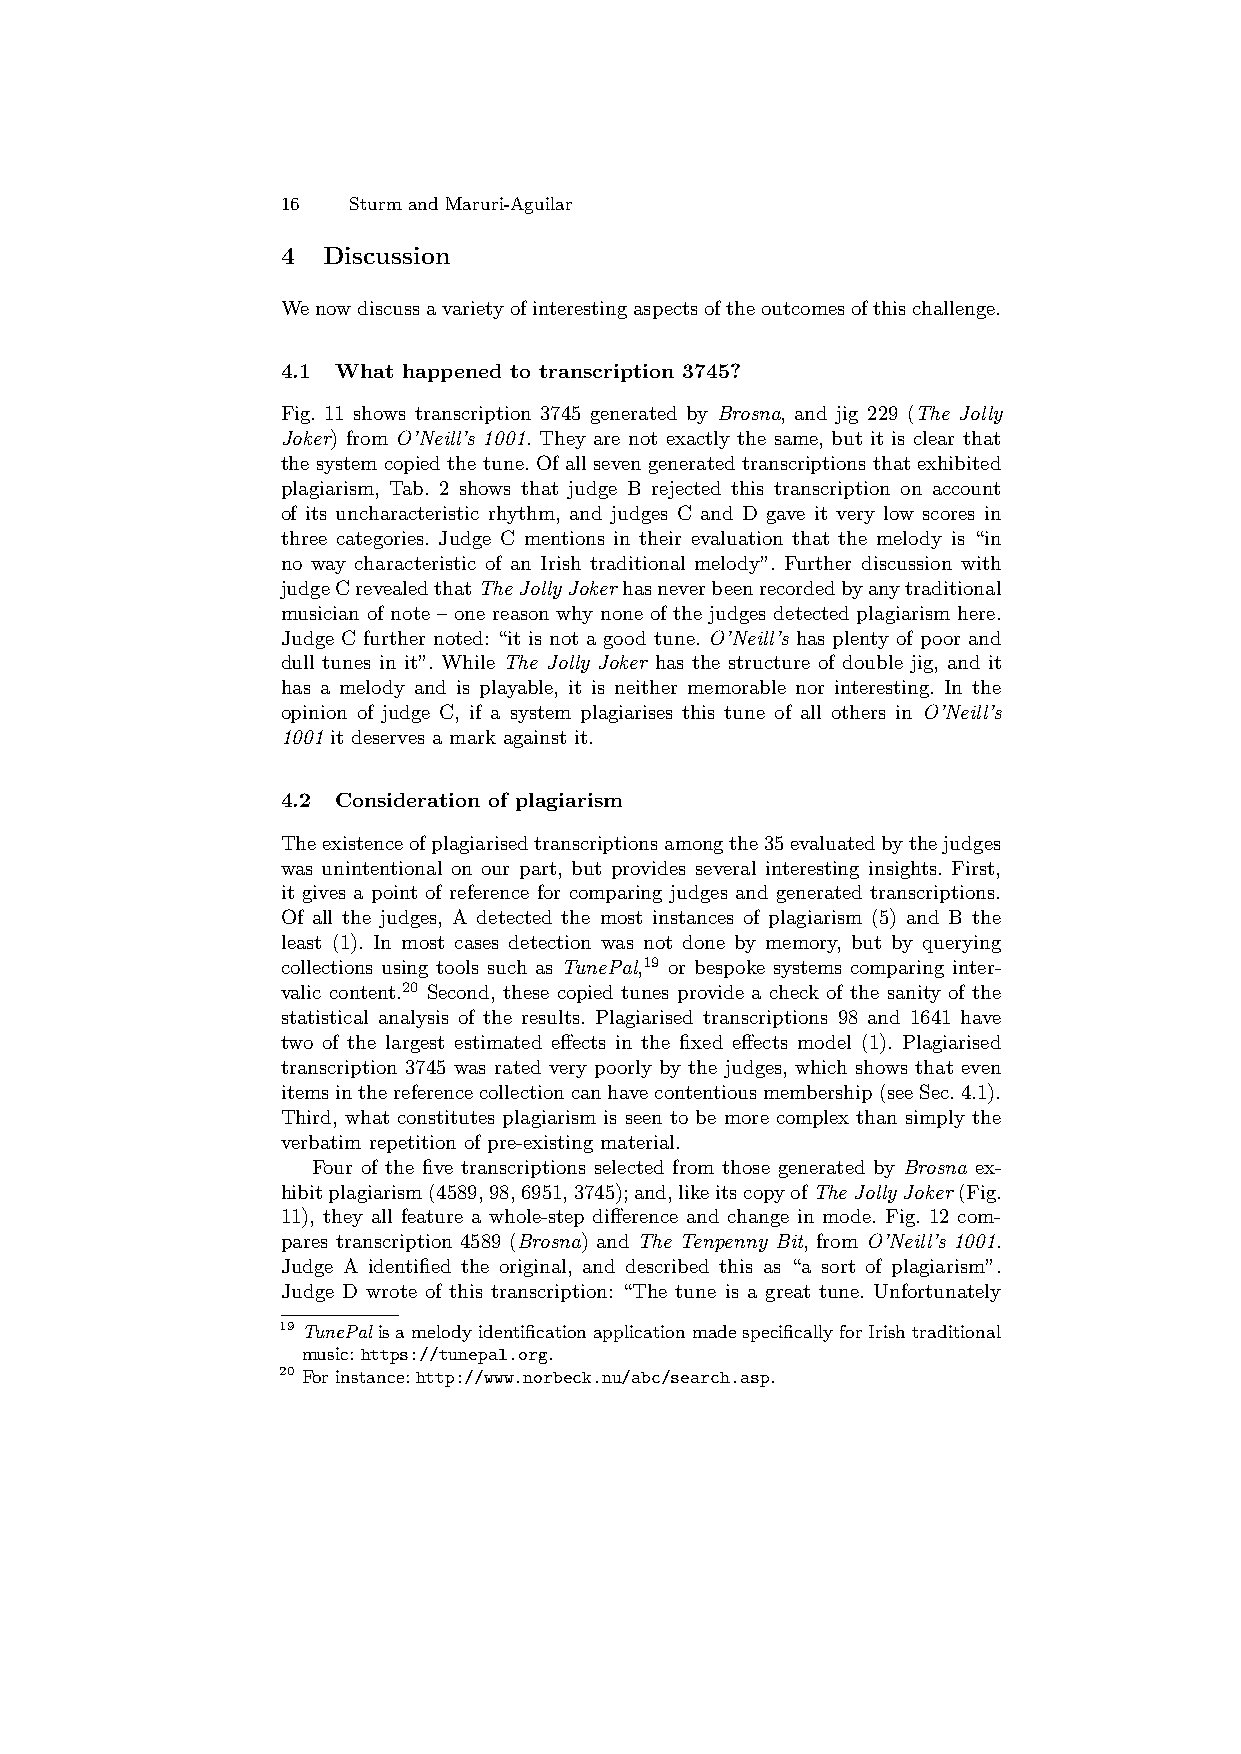
16  Sturm and Maruri-Aguilar
 4 Discussion
 Wenowdiscussavarietyofinterestingaspectsoftheoutcomesofthischallenge.
 4.1 What happened to transcription 3745?
 Fig. 11 shows transcription 3745 generated by Brosna, and jig 229 (The Jolly
 Joker) from O’Neill’s 1001. They are not exactly the same, but it is clear that
 the system copied the tune. Of all seven generated transcriptions that exhibited
 plagiarism, Tab. 2 shows that judge B rejected this transcription on account
 of its uncharacteristic rhythm, and judges C and D gave it very low scores in
 three categories. Judge C mentions in their evaluation that the melody is “in
 no way characteristic of an Irish traditional melody”. Further discussion with
 judgeCrevealedthatTheJollyJokerhasneverbeenrecordedbyanytraditional
 musician of note – one reason why none of the judges detected plagiarism here.
 Judge C further noted: “it is not a good tune. O’Neill’s has plenty of poor and
 dull tunes in it”. While The Jolly Joker has the structure of double jig, and it
 has a melody and is playable, it is neither memorable nor interesting. In the
 opinion of judge C, if a system plagiarises this tune of all others in O’Neill’s
 1001 it deserves a mark against it.
 4.2 Consideration of plagiarism
 Theexistenceofplagiarisedtranscriptionsamongthe35evaluatedbythejudges
 was unintentional on our part, but provides several interesting insights. First,
 it gives a point of reference for comparing judges and generated transcriptions.
 Of all the judges, A detected the most instances of plagiarism (5) and B the
 least (1). In most cases detection was not done by memory, but by querying
 collections using tools such as TunePal,19 or bespoke systems comparing inter-
 valic content.20 Second, these copied tunes provide a check of the sanity of the
 statistical analysis of the results. Plagiarised transcriptions 98 and 1641 have
 two of the largest estimated effects in the fixed effects model (1). Plagiarised
 transcription 3745 was rated very poorly by the judges, which shows that even
 itemsinthereferencecollectioncanhavecontentiousmembership(seeSec.4.1).
 Third, what constitutes plagiarism is seen to be more complex than simply the
 verbatim repetition of pre-existing material.
 Four of the five transcriptions selected from those generated by Brosna ex-
 hibitplagiarism(4589,98,6951,3745);and,likeitscopyofTheJollyJoker(Fig.
 11), they all feature a whole-step difference and change in mode. Fig. 12 com-
 pares transcription 4589 (Brosna) and The Tenpenny Bit, from O’Neill’s 1001.
 Judge A identified the original, and described this as “a sort of plagiarism”.
 Judge D wrote of this transcription: “The tune is a great tune. Unfortunately
 19 TunePalisamelodyidentificationapplicationmadespecificallyforIrishtraditional
 music: https://tunepal.org.
 20 For instance: http://www.norbeck.nu/abc/search.asp.